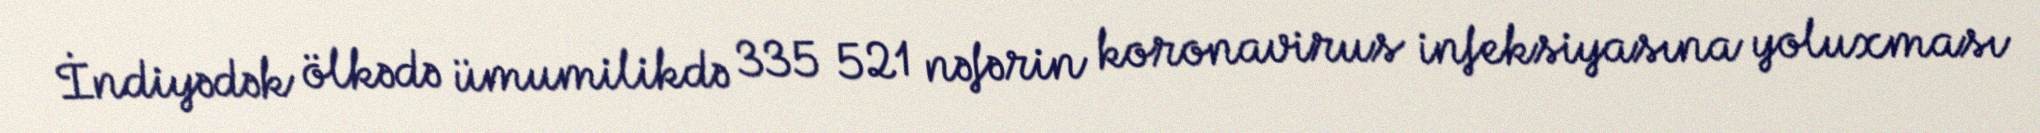
İndiyədək ölkədə ümumilikdə 335 521 nəfərin koronavirus infeksiyasına yoluxması